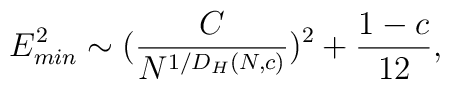
\protectE_{min}^2 \sim ({\frac{C}{N^{1/D_H(N,c)}}})^2 + {\frac{1-c}{12}},